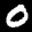
Label: 0